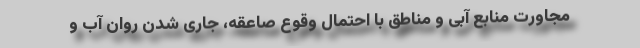
مجاورت منابع آبی و مناطق با احتمال وقوع صاعقه، جاری شدن روان آب و